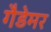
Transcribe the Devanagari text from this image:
गैडेमर